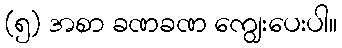
(၅) အစာ ခဏခဏ ကျွေးပေးပါ။